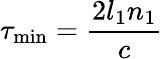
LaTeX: \tau_{\mathrm{min}}=\frac{2l_{1}n_{1}}{c}